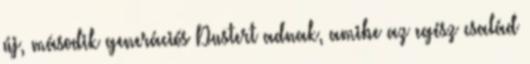
új, második generációs Dustert adnak, amibe az egész család